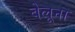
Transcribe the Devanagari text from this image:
बेलूना